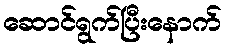
ဆောင်ရွက်ပြီးနောက်